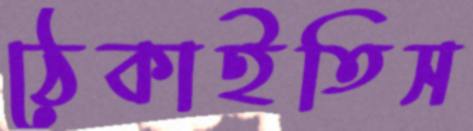
ঠেকাইতিস